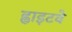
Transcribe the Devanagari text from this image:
ह्वाइटवे